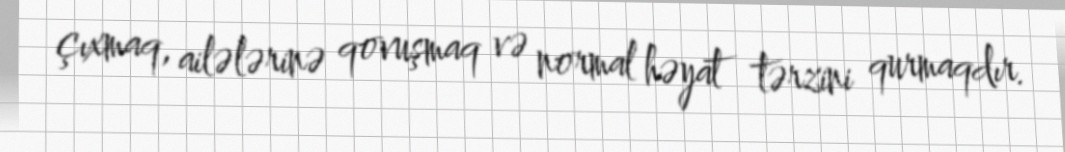
çıxmaq, ailələrinə qovuşmaq və normal həyat tərzini qurmaqdır.